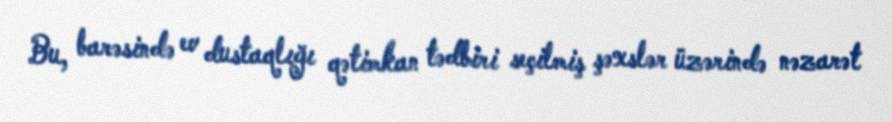
Bu, barəsində ev dustaqlığı qətimkan tədbiri seçilmiş şəxslər üzərində nəzarət